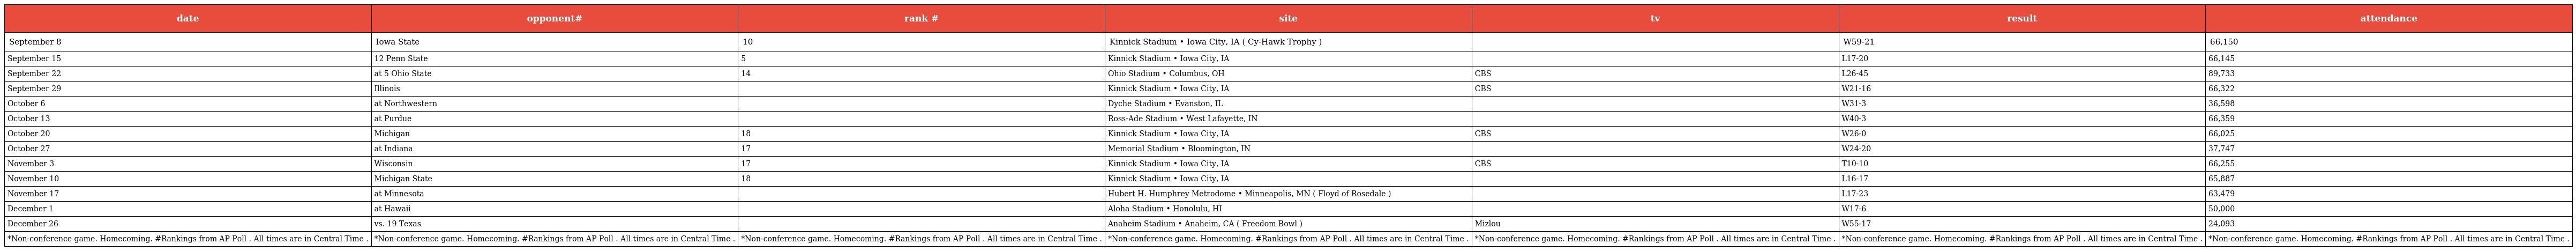
| date | opponent# | rank # | site | tv | result | attendance |
 | --- | --- | --- | --- | --- | --- | --- |
 | September 8 | Iowa State | 10 | Kinnick Stadium • Iowa City, IA ( Cy-Hawk Trophy ) |  | W59-21 | 66,150 |
 | September 15 | 12 Penn State | 5 | Kinnick Stadium • Iowa City, IA |  | L17-20 | 66,145 |
 | September 22 | at 5 Ohio State | 14 | Ohio Stadium • Columbus, OH | CBS | L26-45 | 89,733 |
 | September 29 | Illinois |  | Kinnick Stadium • Iowa City, IA | CBS | W21-16 | 66,322 |
 | October 6 | at Northwestern |  | Dyche Stadium • Evanston, IL |  | W31-3 | 36,598 |
 | October 13 | at Purdue |  | Ross-Ade Stadium • West Lafayette, IN |  | W40-3 | 66,359 |
 | October 20 | Michigan | 18 | Kinnick Stadium • Iowa City, IA | CBS | W26-0 | 66,025 |
 | October 27 | at Indiana | 17 | Memorial Stadium • Bloomington, IN |  | W24-20 | 37,747 |
 | November 3 | Wisconsin | 17 | Kinnick Stadium • Iowa City, IA | CBS | T10-10 | 66,255 |
 | November 10 | Michigan State | 18 | Kinnick Stadium • Iowa City, IA |  | L16-17 | 65,887 |
 | November 17 | at Minnesota |  | Hubert H. Humphrey Metrodome • Minneapolis, MN ( Floyd of Rosedale ) |  | L17-23 | 63,479 |
 | December 1 | at Hawaii |  | Aloha Stadium • Honolulu, HI |  | W17-6 | 50,000 |
 | December 26 | vs. 19 Texas |  | Anaheim Stadium • Anaheim, CA ( Freedom Bowl ) | Mizlou | W55-17 | 24,093 |
 | *Non-conference game. Homecoming. #Rankings from AP Poll . All times are in Central Time . | *Non-conference game. Homecoming. #Rankings from AP Poll . All times are in Central Time . | *Non-conference game. Homecoming. #Rankings from AP Poll . All times are in Central Time . | *Non-conference game. Homecoming. #Rankings from AP Poll . All times are in Central Time . | *Non-conference game. Homecoming. #Rankings from AP Poll . All times are in Central Time . | *Non-conference game. Homecoming. #Rankings from AP Poll . All times are in Central Time . | *Non-conference game. Homecoming. #Rankings from AP Poll . All times are in Central Time . |